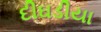
દીઘડીયા